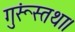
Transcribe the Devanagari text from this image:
गुरूंस्तथा।